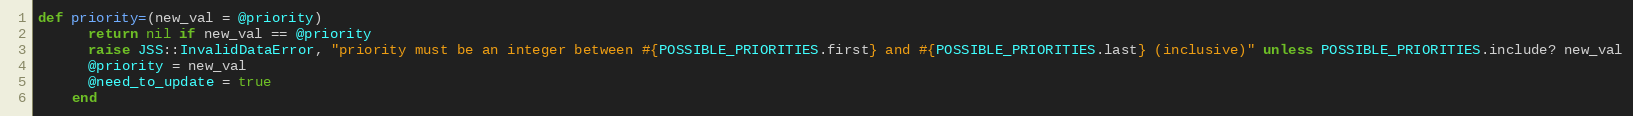
Language: Ruby
def priority=(new_val = @priority)
      return nil if new_val == @priority
      raise JSS::InvalidDataError, "priority must be an integer between #{POSSIBLE_PRIORITIES.first} and #{POSSIBLE_PRIORITIES.last} (inclusive)" unless POSSIBLE_PRIORITIES.include? new_val
      @priority = new_val
      @need_to_update = true
    end